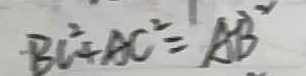
B C ^ { 2 } + A C ^ { 2 } = A B ^ { 2 }